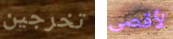
تخرجين لأقصى